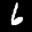
Label: 6